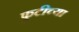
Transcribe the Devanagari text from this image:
फुटीच्या